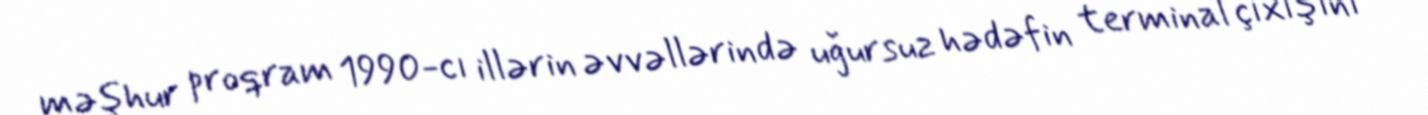
məşhur proqram 1990-cı illərin əvvəllərində uğursuz hədəfin terminal çıxışını